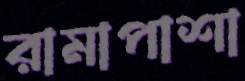
রামাপাশা